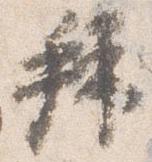
拝